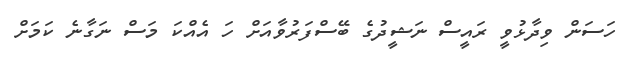
ހަސަން ވިދާޅުވީ ރައީސް ނަޝީދުގެ ބޭސްފަރުވާއަށް ހަ އެއްކަ މަސް ނަގާނެ ކަމަށް